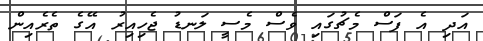
އަދި އެ ފަސް މެޗުގައި ވެސް މެސީ ލަނޑު ޖެހިއިރު އޭގެ ތެރެއިން